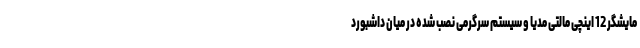
مایشگر 12 اینچی مالتی مدیا و سیستم سرگرمی نصب شده در میان داشبورد